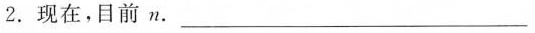
2. 现在，目前 n. ___